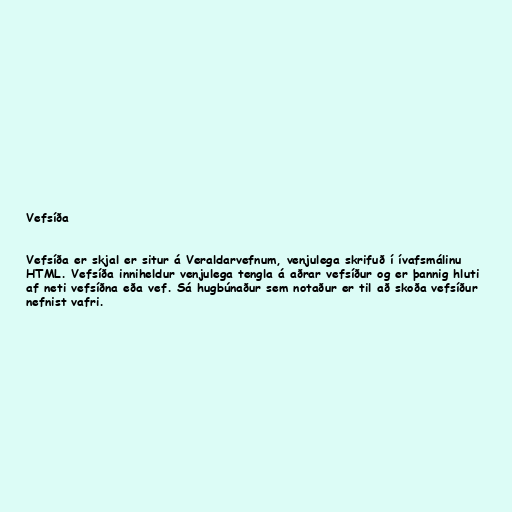
Vefsíða

Vefsíða er skjal er situr á Veraldarvefnum, venjulega skrifuð í ívafsmálinu
HTML. Vefsíða inniheldur venjulega tengla á aðrar vefsíður og er þannig hluti
af neti vefsíðna eða vef. Sá hugbúnaður sem notaður er til að skoða vefsíður
nefnist vafri.